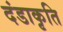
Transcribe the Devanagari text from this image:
दंडाकृति